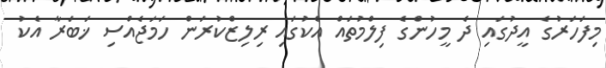
މިފަހަރުގެ އީދުގައި ދެ މީހުންގެ ފިލްމުތައް އެކުގައި ރިލިޒްކުރަން ހަމަޖެއްސި ޚަބަރާ އެކު